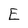
Character: E